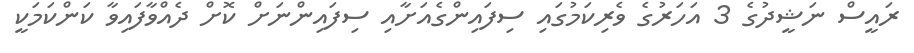
ރައީސް ނަޝީދުގެ 3 އަހަރުގެ ވެރިކަމުގައި ސިފައިންގެއަށާއި ސިފައިންނަށް ކޮށް ދެއްވާފައިވާ ކަންކަމަކީ